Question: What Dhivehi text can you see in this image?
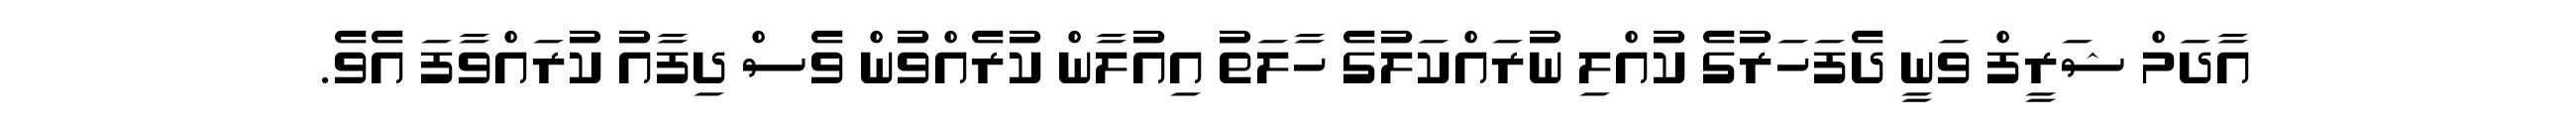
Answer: އާދަމް ޝަރީފް ވަނީ ދެފަހަރުގެ ކުއްލި ނުރައްކަލުގެ ހާލަތު އިއުލާން ކުރެއްވުން ވެސް ދިފާއު ކުރައްވާފަ އެވެ.